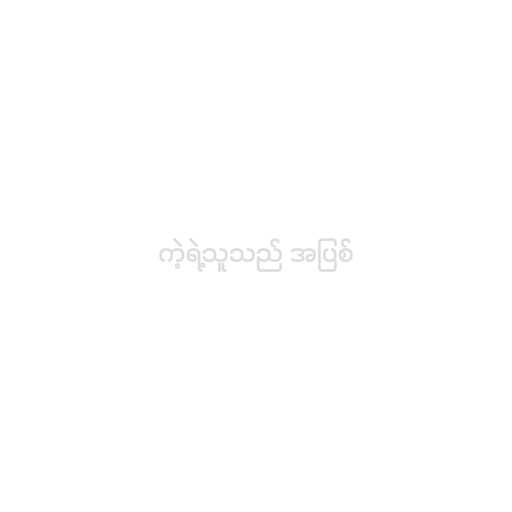
ကဲ့ရဲ့သူသည် အပြစ်